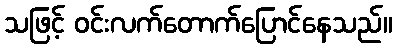
သဖြင့် ဝင်းလက်တောက်ပြောင်နေသည်။